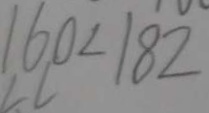
1 6 0 < 1 8 2